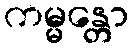
ကမ္မန္တော